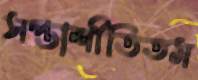
সপ্তাশীতিতম